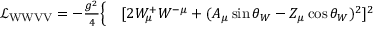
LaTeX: \begin{array} { r l } { { \mathcal { L } } _ { \mathrm { W W V V } } = - { \frac { g ^ { 2 } } { 4 } } { \Big \{ } } & { { } [ 2 W _ { \mu } ^ { + } W ^ { - \mu } + ( A _ { \mu } \sin \theta _ { W } - Z _ { \mu } \cos \theta _ { W } ) ^ { 2 } ] ^ { 2 } } \end{array}